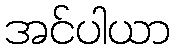
အင်ပါယာ